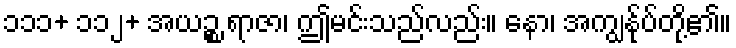
၁၁၁+ ၁၁၂+ အယဉ္စ ရာဇာ၊ ဤမင်းသည်လည်း။ နော၊ အကျွန်ုပ်တို့၏။